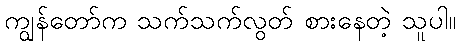
ကျွန်တော်က သက်သက်လွတ် စားနေတဲ့ သူပါ။